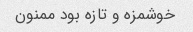
خوشمزه و تازه بود ممنون